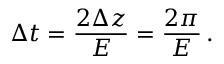
\: \Delta t = \frac { 2 \Delta z } { E } = \frac { 2 \pi } { E } \, . \: